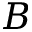
B